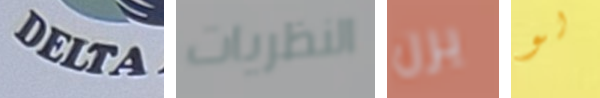
DELTA النظريات يرن لو